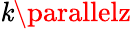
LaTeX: \mathit{k}\parallelz